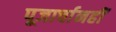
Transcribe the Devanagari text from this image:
पूजार्चानहीं